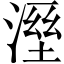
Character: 溼